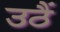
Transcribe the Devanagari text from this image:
उठैं